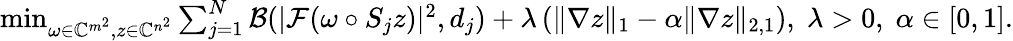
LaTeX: \begin{array}{r}{\operatorname*{min}_{\omega\in\mathbb{C}^{m^{2}},z\in\mathbb{C}^{n^{2}}}\sum_{j=1}^{N}\mathcal{B}(|\mathcal{F}(\omega\circ S_{j}z)|^{2},d_{j})+\lambda\left(\| \nabla z\| _{1}-\alpha\| \nabla z\| _{2,1}\right),\; \lambda>0,\; \alpha\in[0,1].}\end{array}